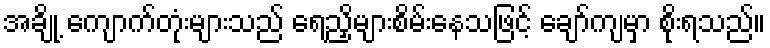
အချို့ ကျောက်တုံးများသည် ရေညှိများစိမ်းနေသဖြင့် ချော်ကျမှာ စိုးရသည်။